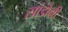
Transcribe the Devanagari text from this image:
सांडोनी